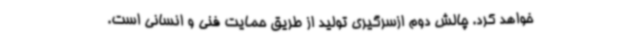
خواهد کرد. چالش دوم ازسرگیری تولید از طریق حمایت فنی و انسانی است.